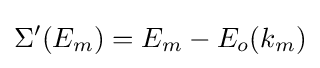
\Sigma '(E_{m})=E_{m}-E_{o}(k_{m})